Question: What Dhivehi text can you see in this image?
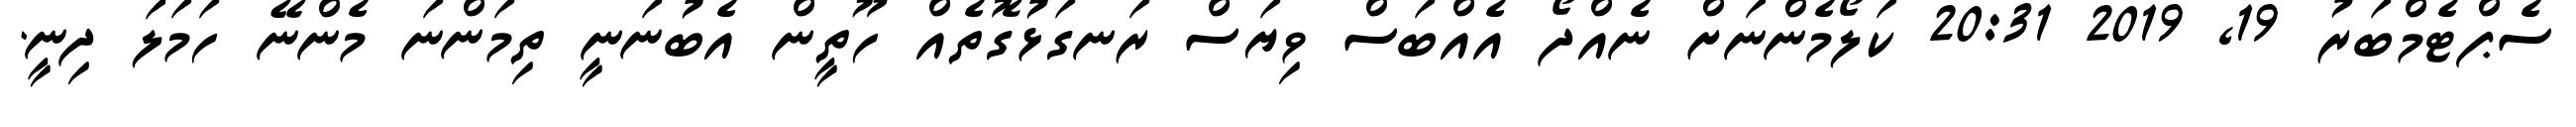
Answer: ސެޕްޓެމްބަރު 19, 2019 20:31 ކަލޯމެންނަށް ނެއްދޯ އެއްބަސް ވިޔަސް ރަނގަޅުގޮތެއް ހޫތީން އެބުނަނީ ތިމަންނަ މެންނޭ ހަމަލަ ދިނީ.